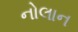
નોલાન